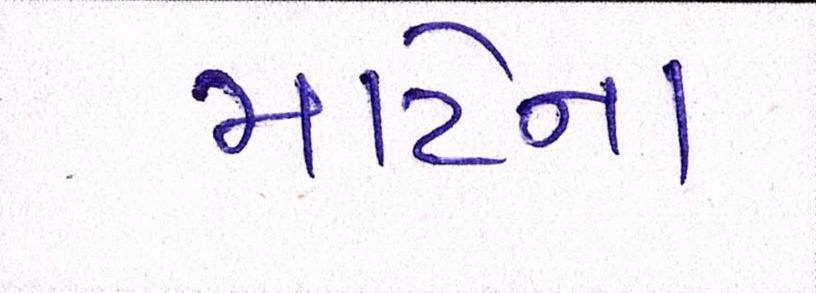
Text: માટેના